Scottish Leaving Certificate Examination, 1959
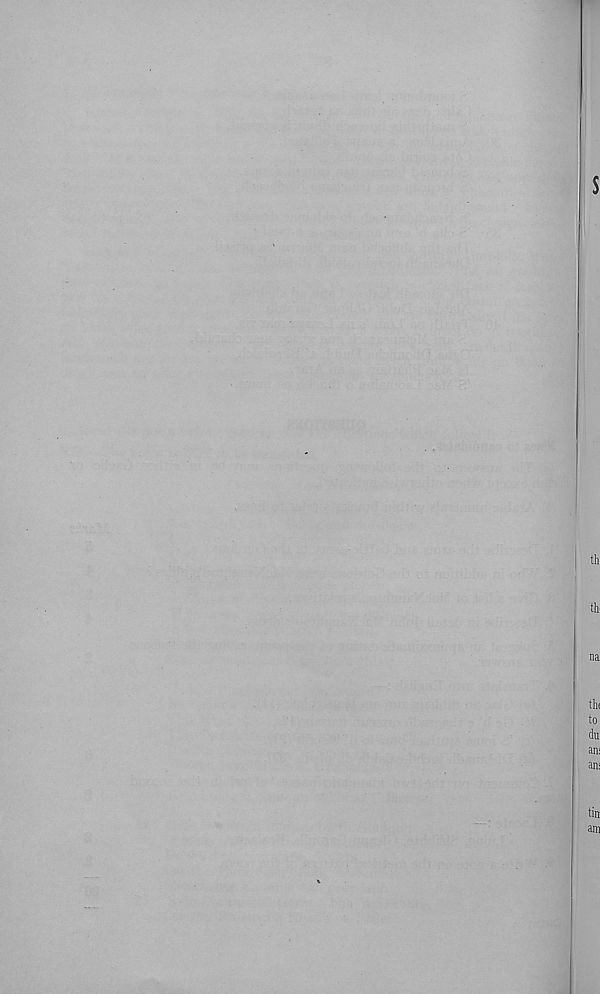
s
th
th
na
thi
to
du
an:
an:
tin
am